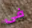
فى